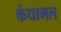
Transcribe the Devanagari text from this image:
कंधामल